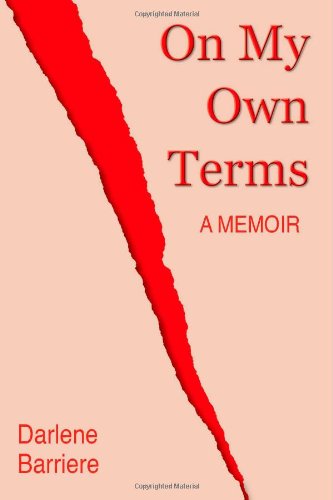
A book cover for On My Own Terms; Darlene Barriere; Health, Fitness & Dieting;